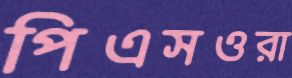
পিএসওরা